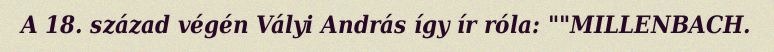
A 18. század végén Vályi András így ír róla: ""MILLENBACH.